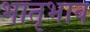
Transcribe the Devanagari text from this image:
भातृभाव